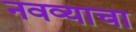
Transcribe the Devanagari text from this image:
नवव्याचा